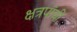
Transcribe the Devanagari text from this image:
क्षत्रपांची